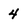
Character: 4